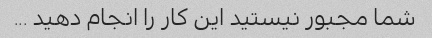
شما مجبور نیستید این کار را انجام دهید ...